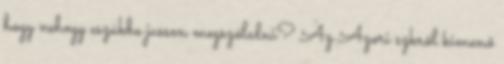
hogy nehogy eszükbe jusson megszólalni? Az Azori szkről kimenő